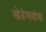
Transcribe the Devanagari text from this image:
खेडेगावांचा